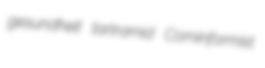
gesundheit tartramid Cominformist